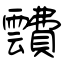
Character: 靅